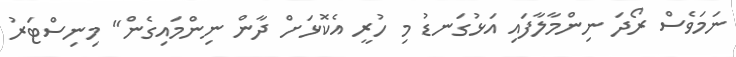
ނަމަވެސް ރޯދަ ނިންމާލާފައި އަޅުގަނޑު މި ހުރީ އެކޮޅަށް ދާން ނިންމައިގެން" މިނިސްޓަރު